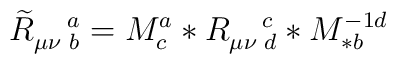
\widetilde{R}_{\mu \nu \,\,b}^{\quad a}=M_{c}^{a}\ast R_{\mu \nu\,\,d}^{\quad c}\ast M_{\ast b}^{-1d}